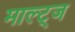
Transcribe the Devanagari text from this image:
माल्ट्ज